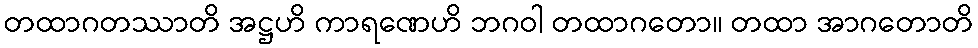
တထာဂတဿာတိ အဋ္ဌဟိ ကာရဏေဟိ ဘဂဝါ တထာဂတော။ တထာ အာဂတောတိ